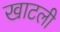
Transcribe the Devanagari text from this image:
खाटली